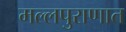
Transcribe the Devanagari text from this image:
मल्लपुराणात